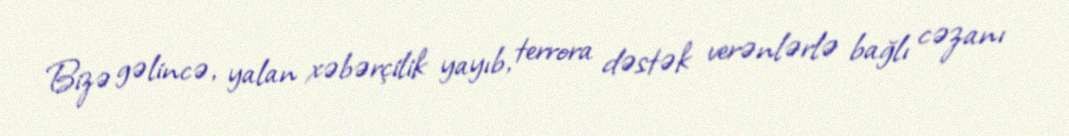
Bizə gəlincə, yalan xəbərçilik yayıb, terrora dəstək verənlərlə bağlı cəzanı